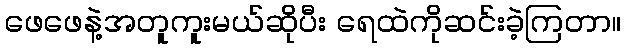
ဖေဖေနဲ့အတူကူးမယ်ဆိုပီး ရေထဲကိုဆင်းခဲ့ကြတာ။